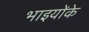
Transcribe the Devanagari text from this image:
भाइयोंके